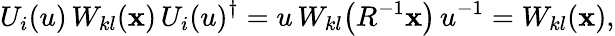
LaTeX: U_{i}(u)\, W_{kl}(\mathbf{x})\, U_{i}(u)^{\dagger}=u\, W_{kl}\bigl(R^{-1}\mathbf{x}\bigr)\, u^{-1}=W_{kl}(\mathbf{x}),